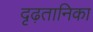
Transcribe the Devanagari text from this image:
दृढ़तानिका